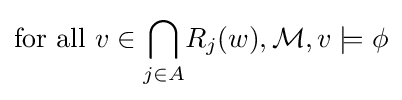
{\textrm {for~all~}}v\in {\underset {j\in A}{\bigcap }}R_{j}(w),{\mathcal {M}},v\models \phi